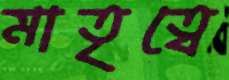
মাতৃত্বে